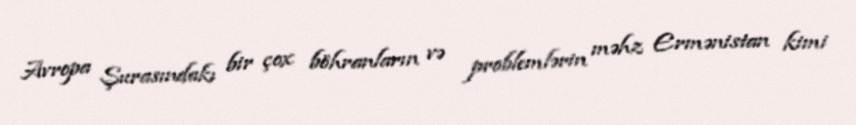
Avropa Şurasındakı bir çox böhranların və problemlərin məhz Ermənistan kimi